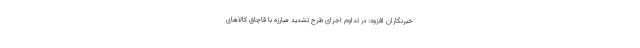
خبرنگاران افزود: در تداوم اجرای طرح تشدید مبارزه با قاچاق کالاهای